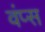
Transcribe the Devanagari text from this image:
वंप्स